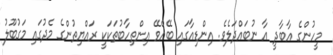
މީހުންގެ އާބާދީ އާ ނުބައްދަލެވެ. އިންޑިއާގައި ބޭއްވޭ އިންތިހާބުތަކަކީ ރައްޔިތުންގެ މެދުގައި މަގުބޫލު